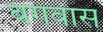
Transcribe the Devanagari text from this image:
बगवास